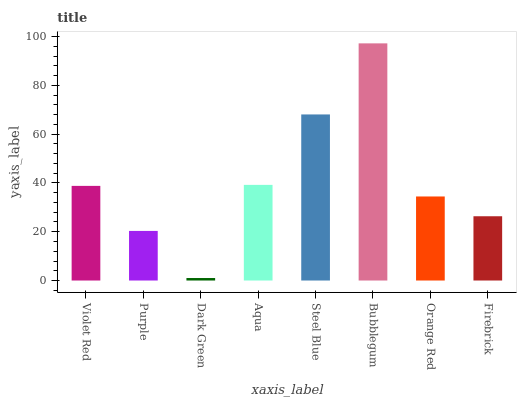
| xaxis_label | bars |
 | --- | --- |
 | Violet Red | 38.8 |
 | Purple | 20.3 |
 | Dark Green | 1.02 |
 | Aqua | 39.2 |
 | Steel Blue | 68.1 |
 | Bubblegum | 97.2 |
 | Orange Red | 34.5 |
 | Firebrick | 26.3 |